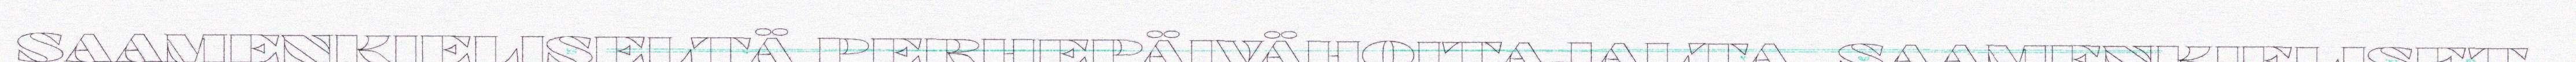
SAAMENKIELISELTÄ PERHEPÄIVÄHOITAJALTA. SAAMENKIELISET